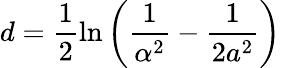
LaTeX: d=\frac{1}{2}\ln{\left(\frac{1}{\alpha^{2}}-\frac{1}{2a^{2}}\right)}